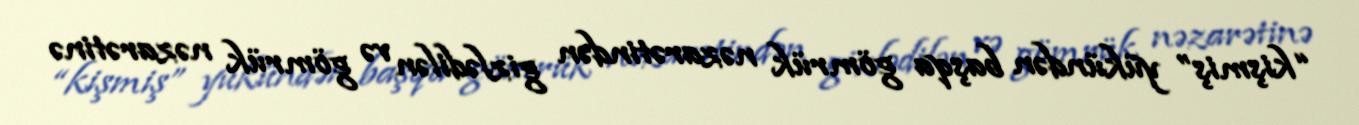
“kişmiş” yükündən başqa gömrük nəzarətindən gizlədilən və gömrük nəzarətinə